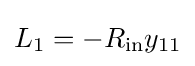
L_{1}=-R_{\text{in}}y_{11}